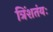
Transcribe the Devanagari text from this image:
त्रिंशतंयः